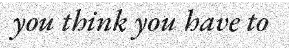
you think you have to